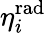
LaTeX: \eta_{i}^{\mathrm{rad}}